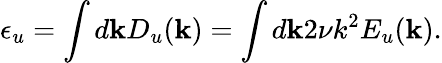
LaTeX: \epsilon_{u}=\int d{\mathbf k}D_{u}({\mathbf k})=\int d{\mathbf k}2\nu k^{2}E_{u}({\mathbf k}).